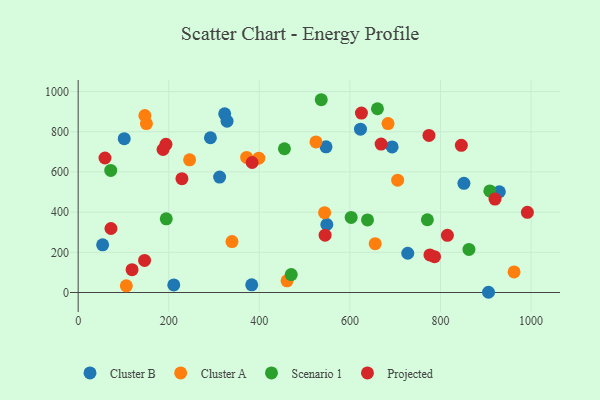
{"axis": {"x": "Ad Spend", "y": "Yield"}, "legend": ["Cluster A", "Cluster B", "Projected", "Scenario 1"], "data": [{"x": "101.7", "y": 765.5, "type": "Cluster B"}, {"x": "906.0", "y": 1.1, "type": "Cluster B"}, {"x": "851.7", "y": 543.5, "type": "Cluster B"}, {"x": "323.5", "y": 889.1, "type": "Cluster B"}, {"x": "623.3", "y": 812.5, "type": "Cluster B"}, {"x": "211.1", "y": 37.7, "type": "Cluster B"}, {"x": "549.0", "y": 338.4, "type": "Cluster B"}, {"x": "383.2", "y": 38.4, "type": "Cluster B"}, {"x": "312.3", "y": 574.4, "type": "Cluster B"}, {"x": "693.2", "y": 724.6, "type": "Cluster B"}, {"x": "547.2", "y": 725.1, "type": "Cluster B"}, {"x": "292.0", "y": 770.1, "type": "Cluster B"}, {"x": "929.9", "y": 501.4, "type": "Cluster B"}, {"x": "727.7", "y": 195.2, "type": "Cluster B"}, {"x": "328.7", "y": 852.7, "type": "Cluster B"}, {"x": "54.0", "y": 237.2, "type": "Cluster B"}, {"x": "339.6", "y": 253.5, "type": "Cluster A"}, {"x": "372.0", "y": 672.4, "type": "Cluster A"}, {"x": "544.1", "y": 397.1, "type": "Cluster A"}, {"x": "655.8", "y": 243.2, "type": "Cluster A"}, {"x": "525.0", "y": 749.2, "type": "Cluster A"}, {"x": "962.4", "y": 102.6, "type": "Cluster A"}, {"x": "705.4", "y": 559.0, "type": "Cluster A"}, {"x": "147.2", "y": 880.7, "type": "Cluster A"}, {"x": "106.3", "y": 33.4, "type": "Cluster A"}, {"x": "246.0", "y": 660.1, "type": "Cluster A"}, {"x": "684.1", "y": 840.5, "type": "Cluster A"}, {"x": "461.2", "y": 58.1, "type": "Cluster A"}, {"x": "398.8", "y": 668.3, "type": "Cluster A"}, {"x": "150.7", "y": 840.8, "type": "Cluster A"}, {"x": "660.8", "y": 914.5, "type": "Scenario 1"}, {"x": "194.5", "y": 366.8, "type": "Scenario 1"}, {"x": "536.7", "y": 959.3, "type": "Scenario 1"}, {"x": "455.4", "y": 715.3, "type": "Scenario 1"}, {"x": "71.9", "y": 607.7, "type": "Scenario 1"}, {"x": "470.4", "y": 89.1, "type": "Scenario 1"}, {"x": "862.8", "y": 214.2, "type": "Scenario 1"}, {"x": "602.7", "y": 373.4, "type": "Scenario 1"}, {"x": "771.0", "y": 362.0, "type": "Scenario 1"}, {"x": "638.8", "y": 360.9, "type": "Scenario 1"}, {"x": "908.9", "y": 505.4, "type": "Scenario 1"}, {"x": "187.4", "y": 711.6, "type": "Projected"}, {"x": "193.8", "y": 737.4, "type": "Projected"}, {"x": "786.8", "y": 178.5, "type": "Projected"}, {"x": "815.2", "y": 284.6, "type": "Projected"}, {"x": "846.0", "y": 732.2, "type": "Projected"}, {"x": "545.2", "y": 285.2, "type": "Projected"}, {"x": "625.4", "y": 893.1, "type": "Projected"}, {"x": "146.6", "y": 159.5, "type": "Projected"}, {"x": "776.6", "y": 187.0, "type": "Projected"}, {"x": "668.9", "y": 738.7, "type": "Projected"}, {"x": "59.2", "y": 669.4, "type": "Projected"}, {"x": "72.4", "y": 318.5, "type": "Projected"}, {"x": "119.0", "y": 113.7, "type": "Projected"}, {"x": "774.5", "y": 781.8, "type": "Projected"}, {"x": "920.3", "y": 464.7, "type": "Projected"}, {"x": "991.8", "y": 399.0, "type": "Projected"}, {"x": "384.1", "y": 646.9, "type": "Projected"}, {"x": "229.1", "y": 566.3, "type": "Projected"}]}